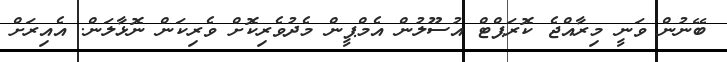
ބޭނުން ވަނީ މިރާއްޖެ ކޮރަޕްޓް އުސޫލުން އެމްޕީން މެދުވެރިކޮށް ވެރިކަން ނޮޅާލަން. އެއިރަށް